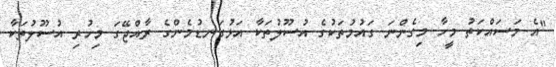
"އެ މަސައްކަތު މީހާ މިގެންނަ ގައުމުތަކުގެ އުސޫލުތަކާ އަޅުގަނޑުމެންގެ ރާއްޖޭގަ މިހުރި އުސޫލުތަކާ